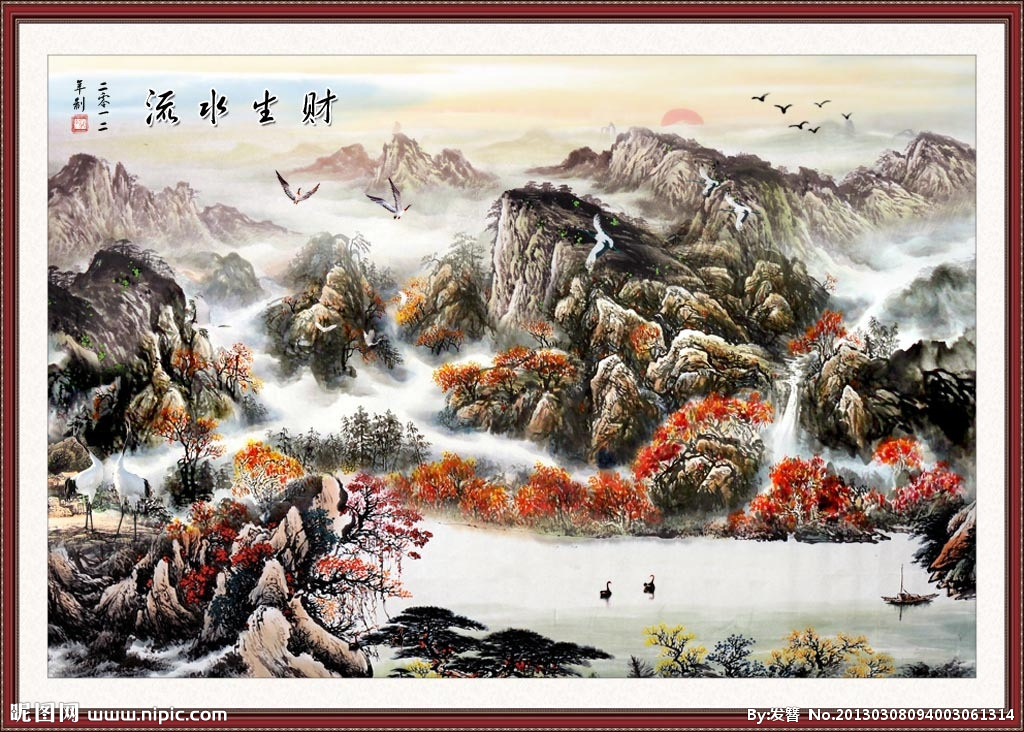
不义不昵，厚将崩。